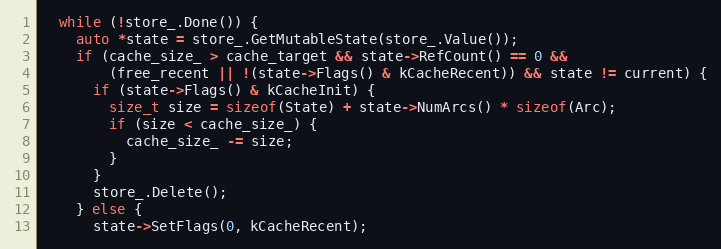
Language: C
  while (!store_.Done()) {
    auto *state = store_.GetMutableState(store_.Value());
    if (cache_size_ > cache_target && state->RefCount() == 0 &&
        (free_recent || !(state->Flags() & kCacheRecent)) && state != current) {
      if (state->Flags() & kCacheInit) {
        size_t size = sizeof(State) + state->NumArcs() * sizeof(Arc);
        if (size < cache_size_) {
          cache_size_ -= size;
        }
      }
      store_.Delete();
    } else {
      state->SetFlags(0, kCacheRecent);